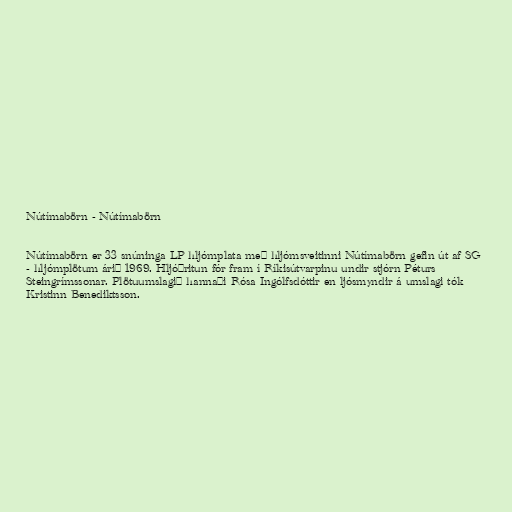
Nútímabörn - Nútímabörn

Nútímabörn er 33 snúninga LP hljómplata með hljómsveitinni Nútímabörn gefin út af SG
- hljómplötum árið 1969. Hljóðritun fór fram í Ríkisútvarpinu undir stjórn Péturs
Steingrímssonar. Plötuumslagið hannaði Rósa Ingólfsdóttir en ljósmyndir á umslagi tók
Kristinn Benediktsson.